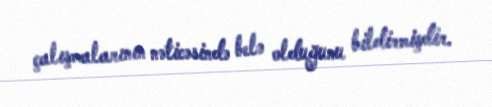
çalışmalarının nəticəsində belə olduğunu bildirmişdir.